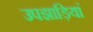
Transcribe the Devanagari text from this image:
उपझाड़ियां